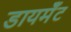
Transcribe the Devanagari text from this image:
डायमॅंट